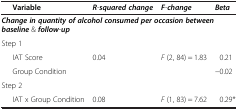
<table><thead><tr><td><b> </b></td><td><b>Variable</b></td><td><b><i>R</i>-<i>squared change</i></b></td><td><b><i>F</i>-<i>change</i></b></td><td><b><i>Beta</i></b></td></tr></thead><tbody><tr><td colspan="5"><b><i>Change in quantity of alcohol consumed per occasion between baseline</i></b> &amp;<b><i>follow</i></b>-<b><i>up</i></b></td></tr><tr><td colspan="5">Step 1</td></tr><tr><td> </td><td>IAT Score</td><td>0.04</td><td><i>F</i> (2, 84) = 1.83</td><td>0.21</td></tr><tr><td> </td><td>Group Condition</td><td> </td><td> </td><td>−0.02</td></tr><tr><td colspan="5">Step 2</td></tr><tr><td> </td><td>IAT x Group Condition</td><td>0.08</td><td><i>F</i> (1, 83) = 7.62</td><td>0.29*</td></tr></tbody></table>